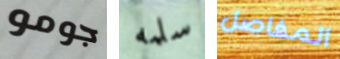
جومو سلمه المفاصل